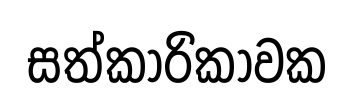
සත්කාරිකාවක